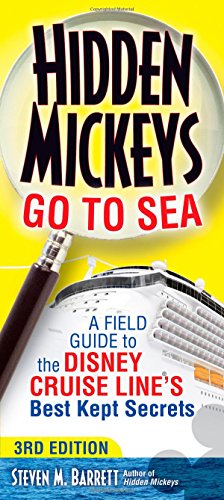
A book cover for Hidden Mickeys Go To Sea: A Field Guide to the Disney Cruise Line's Best Kept Secrets; Steven M. Barrett; Travel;